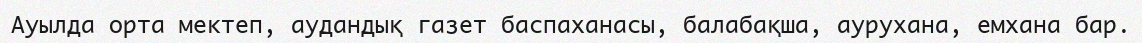
Ауылда орта мектеп, аудандық газет баспаханасы, балабақша, аурухана, емхана бар.